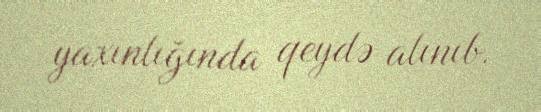
yaxınlığında qeydə alınıb.